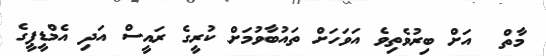
މާތް  އަށް ބިރުވެތިވެ އަވަހަށް ތައުބާވުމަށް ކުރީގެ ރައީސް އަދި އެމްޑީޕީގެ